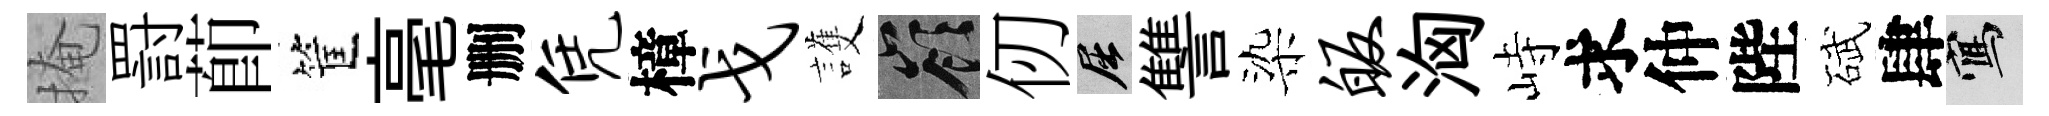
掩罸莭筐毫删凭樟戈護嶺仞屈讐染皈洶峙求仲陛碔肆寫